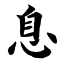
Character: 息